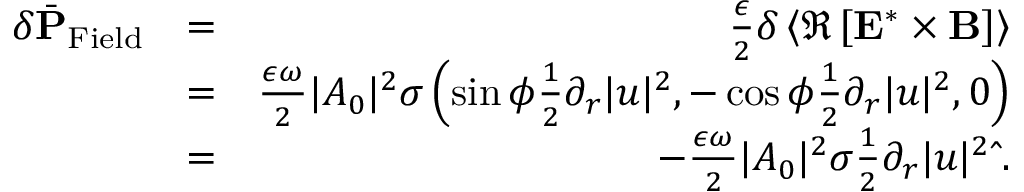
\begin{array} { r l r } { \delta \bar { \bf P } _ { \mathrm { F i e l d } } } & { = } & { \frac { \epsilon } { 2 } \delta \left\langle \Re \left[ { \bf E } ^ { * } \times { \bf B } \right] \right\rangle } \\ & { = } & { \frac { \epsilon \omega } { 2 } | A _ { 0 } | ^ { 2 } \sigma \left( \sin \phi \frac { 1 } { 2 } \partial _ { r } | u | ^ { 2 } , - \cos \phi \frac { 1 } { 2 } \partial _ { r } | u | ^ { 2 } , 0 \right) } \\ & { = } & { - \frac { \epsilon \omega } { 2 } | A _ { 0 } | ^ { 2 } \sigma \frac { 1 } { 2 } \partial _ { r } | u | ^ { 2 } \hat { \bf \Phi } . } \end{array}